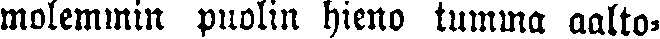
molemmin puolin hieno tumma aalto-